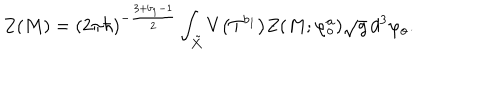
Z ( M ) = ( 2 \pi \hbar ) ^ { - \frac { 3 + b _ { 1 } - 1 } { 2 } } \int _ { \tilde { X } } V \big ( T ^ { b _ { 1 } } \big ) Z ( M ; \varphi _ { \mathrm { o } } ^ { a } ) \sqrt { g } \, d ^ { 3 } \varphi _ { \mathrm { o } } .